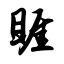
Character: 睚